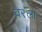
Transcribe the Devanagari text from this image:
वरला